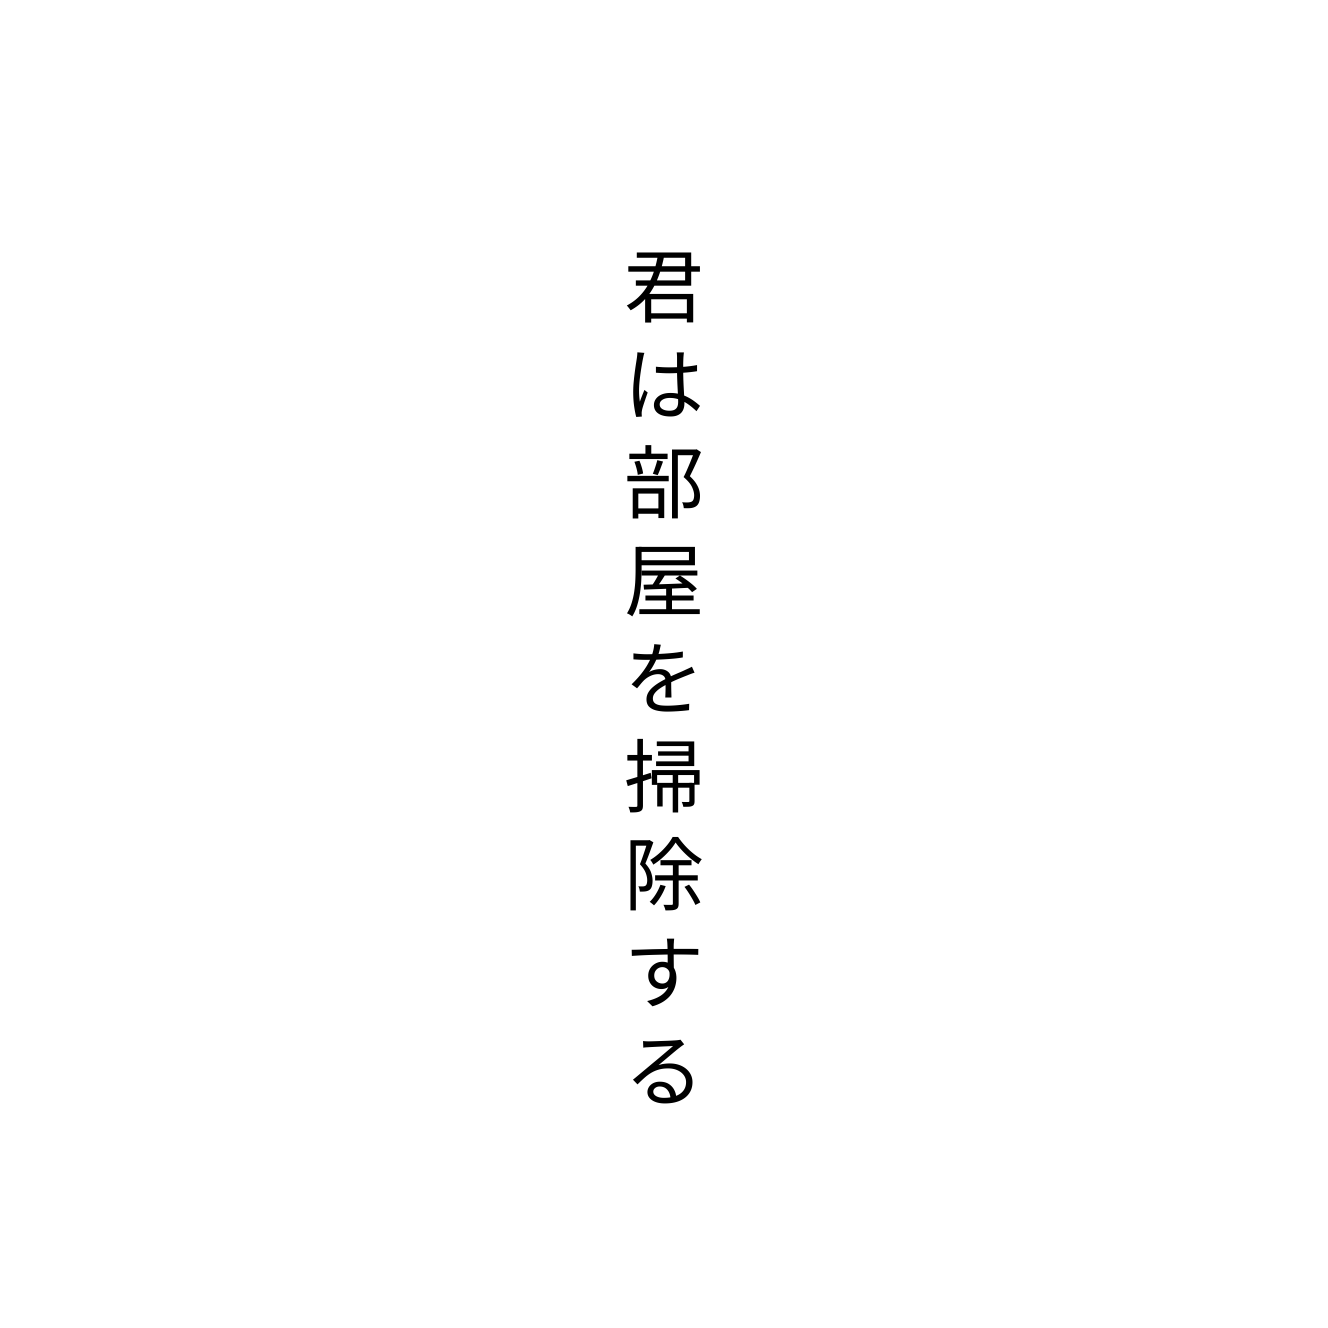
君は部屋を掃除する